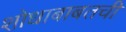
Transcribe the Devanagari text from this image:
शोधाबाबतची